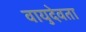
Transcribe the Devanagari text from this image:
वायुदेवता